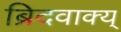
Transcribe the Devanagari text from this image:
ब्रिदवाक्य्